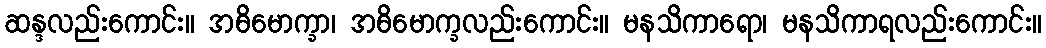
ဆန္ဒလည်းကောင်း။ အဓိမောက္ခာ၊ အဓိမောက္ခလည်းကောင်း။ မနသိကာရော၊ မနသိကာရလည်းကောင်း။